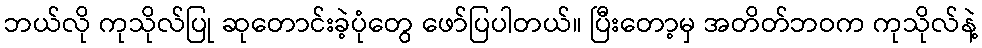
ဘယ်လို ကုသိုလ်ပြု ဆုတောင်းခဲ့ပုံတွေ ဖော်ပြပါတယ်။ ပြီးတော့မှ အတိတ်ဘဝက ကုသိုလ်နဲ့